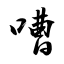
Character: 嘈